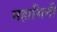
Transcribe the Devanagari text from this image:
महाभित्ती